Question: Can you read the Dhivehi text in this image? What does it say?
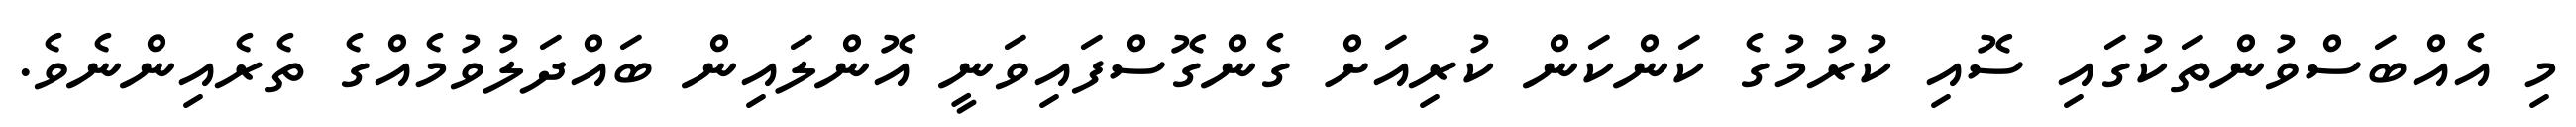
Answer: މި އެއްބަސްވުންތަކުގައި ސޮއި ކުރުމުގެ ކަންކަން ކުރިއަށް ގެންގޮސްފައިވަނީ އޮންލައިން ބައްދަލުވުމެއްގެ ތެރެއިންނެވެ.